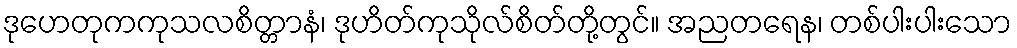
ဒုဟေတုကကုသလစိတ္တာနံ၊ ဒုဟိတ်ကုသိုလ်စိတ်တို့တွင်။ အညတရေန၊ တစ်ပါးပါးသော